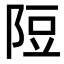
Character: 𨹜